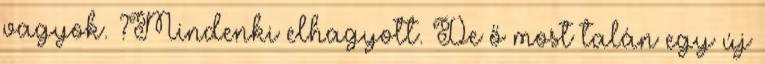
vagyok. ?Mindenki elhagyott. De ő most talán egy új